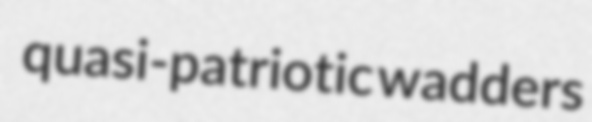
quasi-patriotic wadders